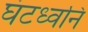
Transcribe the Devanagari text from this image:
घंटध्वनि